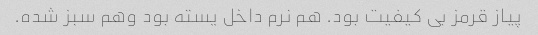
پیاز قرمز بی کیفیت بود. هم نرم داخل یسته بود وهم سبز شده.